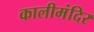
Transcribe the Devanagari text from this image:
कालीमंदिर